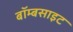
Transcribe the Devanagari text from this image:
बॉम्बसाइट